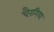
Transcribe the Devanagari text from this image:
चैरंगिया